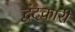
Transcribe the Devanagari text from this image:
द्वंदकारी